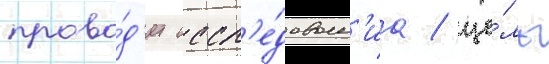
прово́д'ит иссл'е́дован'иа / це́ль